Indian journal of veterinary science and animal husbandry - Volumes 18-21, 1948-1951
Year: 1948
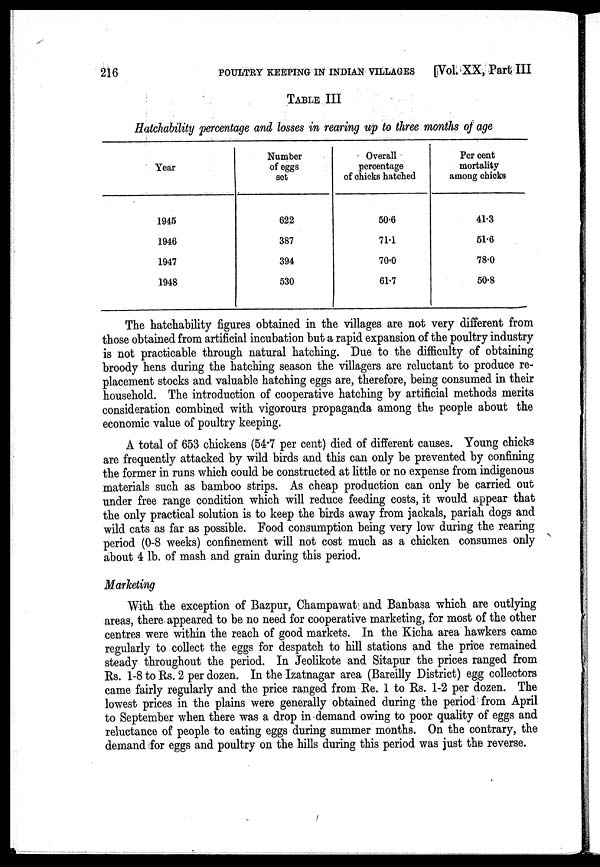
216
POULTRY KEEPING IN INDIAN VILLAGES
[Vol. XX, Part III
TABLE III
Hatchability percentage and losses in rearing up to three months of age
Year
1945
1946
1947
1948
Number
of eggs
set
622
387
394
530
Overall
percentage
of chicks hatched
50.6
71.1
70.0
61.7
Per cent
mortality
among chicks
41.3
51.6
78.0
50.8
The hatchability figures obtained in the villages are not very different from
those obtained from artificial incubation but a rapid expansion of the poultry industry
is not practicable through natural hatching. Due to the difficulty of obtaining
broody hens during the hatching season the villagers are reluctant to produce re-
placement stocks and valuable hatching eggs are, therefore, being consumed in their
household. The introduction of cooperative hatching by artificial methods merits
consideration combined with vigorours propaganda among the people about the
economic value of poultry keeping.
A total of 653 chickens (54.7 per cent) died of different causes. Young chicks
are frequently attacked by wild birds and this can only be prevented by confining
the former in runs which could be constructed at little or no expense from indigenous
materials such as bamboo strips. As cheap production can only be carried out
under free range condition which will reduce feeding costs, it would appear that
the only practical solution is to keep the birds away from jackals, pariah dogs and
wild cats as far as possible. Food consumption being very low during the rearing
period (0-8 weeks) confinement will not cost much as a chicken consumes only
about 4 lb. of mash and grain during this period.
Marketing
With the exception of Bazpur, Champawat and Banbasa which are outlying
areas, there appeared to be no need for cooperative marketing, for most of the other
centres were within the reach of good markets. In the Kicha area hawkers came
regularly to collect the eggs for despatch to hill stations and the price remained
steady throughout the period. In Jeolikote and Sitapur the prices ranged from
Rs. 1-8 to Rs. 2 per dozen. In the Izatnagar area (Bareilly District) egg collectors
came fairly regularly and the price ranged from Re. 1 to Rs. 1-2 per dozen. The
lowest prices in the plains were generally obtained during the period from April
to September when there was a drop in demand owing to poor quality of eggs and
reluctance of people to eating eggs during summer months. On the contrary, the
demand for eggs and poultry on the hills during this period was just the reverse.